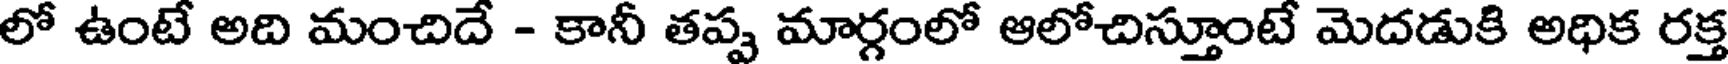
లో ఉంటే అది మంచిదే - కానీ తప్ప మార్గంలో ఆలోచిస్తూంటే మెదడుకి అధిక రక్త